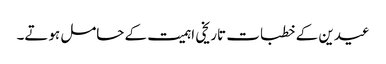
عیدین کے خطبات تاریخی اہمیت کے حامل ہوتے۔